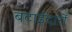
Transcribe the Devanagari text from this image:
बटाईदारों